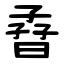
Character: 孴